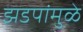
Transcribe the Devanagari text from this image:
झडपांमुळे